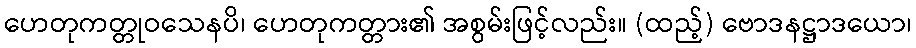
ဟေတုကတ္တုဝသေနပိ၊ ဟေတုကတ္တား၏ အစွမ်းဖြင့်လည်း။ (ထည့်) ဗောဒနဋ္ဌာဒယော၊